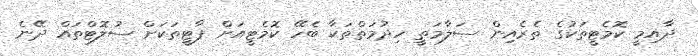
ދާއިމީ ކޮމެޓީތަކުގެ ތެރެއިން ސަލާމަތީ ހިދުމަތްތަކާ ބެހޭ ކޮމެޓީއަށް ޕާޓީތަކަށް ސުލޮޓްތައް ދޭނެ